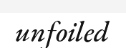
unfoiled